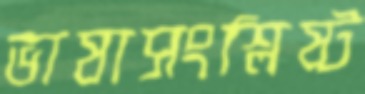
ভাষাসংশ্লিষ্ট